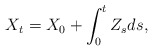
\begin{align*} X_t = X_0 + \int_0^t Z_sds, \end{align*}